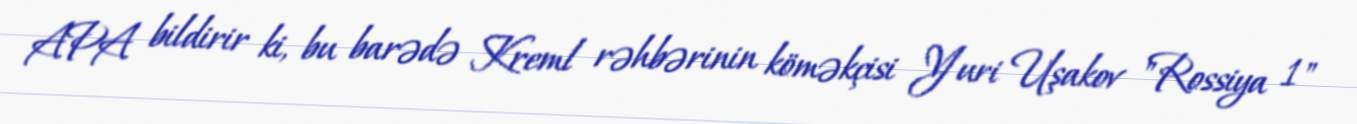
APA bildirir ki, bu barədə Kreml rəhbərinin köməkçisi Yuri Uşakov "Rossiya 1"